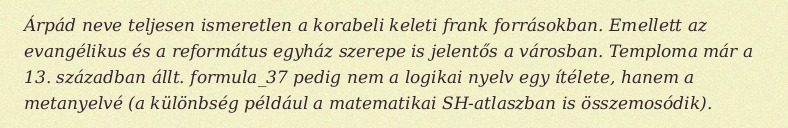
Árpád neve teljesen ismeretlen a korabeli keleti frank forrásokban. Emellett az evangélikus és a református egyház szerepe is jelentős a városban. Temploma már a 13. században állt. formula_37 pedig nem a logikai nyelv egy ítélete, hanem a metanyelvé (a különbség például a matematikai SH-atlaszban is összemosódik).